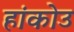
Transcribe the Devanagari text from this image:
हांकोउ